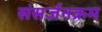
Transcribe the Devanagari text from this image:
संसर्जनक्रम